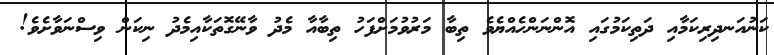
ކަނުއަނދިރިކަމާއި ދަތިކަމުގައި އޮންނަންހެއްޔެވެ ތިބާ މަރުވުމަށްފަހު ތިބާއާ މެދު ވާނޭގޮތަކާއިމެދު ނިކަން ވިސްނަވާށެވެ!